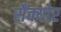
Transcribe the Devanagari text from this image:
सैक्योर